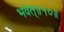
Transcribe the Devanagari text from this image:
भवेत्‌॥१०॥